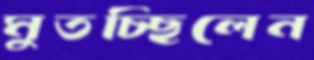
মুতচ্ছিলেন